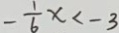
- \frac { 1 } { 6 } x < - 3